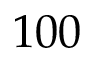
1 0 0